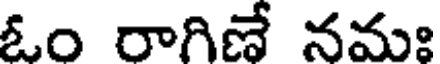
ఓం రాగిణే నమః